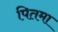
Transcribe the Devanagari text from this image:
पितमा